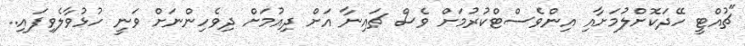
"ޗުއްޓީ ހޭދަކޮށްލުމަށާއި އިންވެސްޓްކުރުމަށް ވެސް ޗައިނާ އަށް ދިއުމަށް ދިވެހިންނަށް ވަނީ ހުޅުވާލެވިފައި..